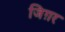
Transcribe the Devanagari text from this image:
जिग़र